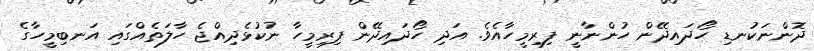
ދޮންނަކުނޑި ހޯދައިދޭން ހުންނާނީ ފިރިމީހާއެވެ. އަދި ހޯދައިދޭން ފިރިމީހާ ނުކުޅެދިއްޖެ ހާލަތެއްގައި އަނބިމީހާގެ